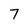
Character: 7